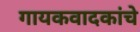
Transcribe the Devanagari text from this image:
गायकवादकांचे